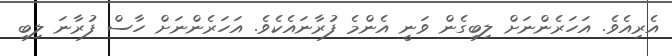
އެރިއެވެ. އަހަރެންނަށް ލިބިގެން ވަނީ އެންމެ ފުރާނައެކެވެ. އަހަރެންނަށް ހާސް ފުރާނަ ލިބި